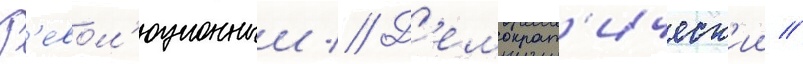
Р'евол'юционныи // Д'емократ'ическ'ии //